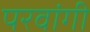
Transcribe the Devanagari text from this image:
परवांगी